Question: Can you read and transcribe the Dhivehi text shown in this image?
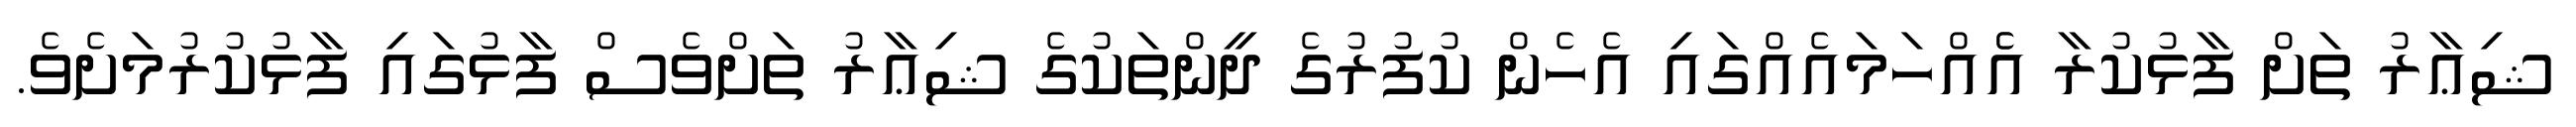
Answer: ޝިޢާރު ތަށް ފާޅުކުރާ އެެއްހަމައެއްގައި އެހެން ކުފުރުގެ ދީންތަކުގެ ޝިޢާރު ތަށްވެސް ފާޅުގައި ފާޅުކުރުމަށެވެ.